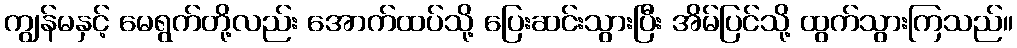
ကျွန်မနှင့် မေရွက်တို့လည်း အောက်ထပ်သို့ ပြေးဆင်းသွားပြီး အိမ်ပြင်သို့ ထွက်သွားကြသည်။